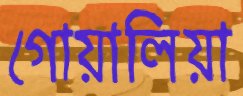
গোয়ালিয়া